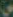
س